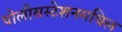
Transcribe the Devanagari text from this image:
पोलीसस्टेशनमधिल